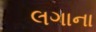
લગાના